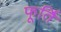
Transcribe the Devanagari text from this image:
फूर्ति